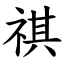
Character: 祺